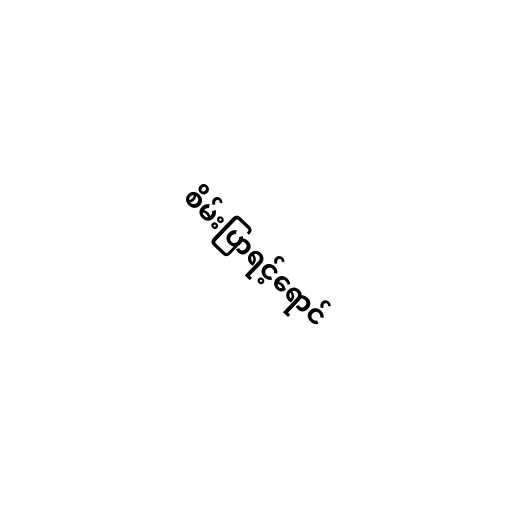
စိမ်းပြာရင့်ရောင်